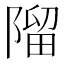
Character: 𨻧